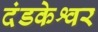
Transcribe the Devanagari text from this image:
दंडकेश्वर